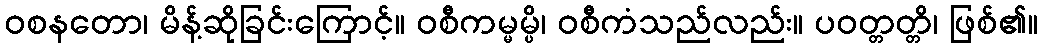
ဝစနတော၊ မိန့်ဆိုခြင်းကြောင့်။ ဝစီကမ္မမ္ပိ၊ ဝစီကံသည်လည်း။ ပဝတ္တတ္တိ၊ ဖြစ်၏။